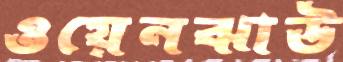
ওয়েনঝাউ